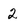
Character: 2